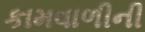
કામવાળીની